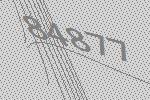
84877